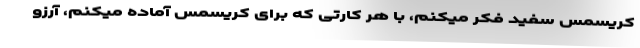
کریسمس سفید فکر میکنم، با هر کارتی که برای کریسمس آماده میکنم، آرزو